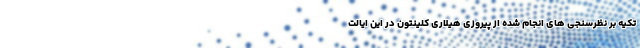
تکیه بر نظرسنجی های انجام شده از پیروزی هیلاری کلینتون در این ایالت